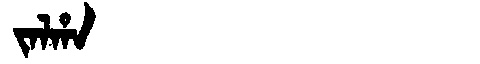
Manchu: ᠵᠠᠯᡥᠠ
Romanization: JALHA